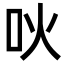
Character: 吙